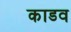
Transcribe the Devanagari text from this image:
काडव